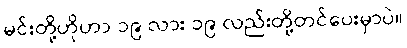
မင်းတို့ဟိုဟာ ၁၉ လား ၁၉ လည်းတို့တင်ပေးမှာပဲ။